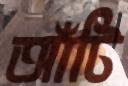
আঁটি